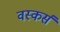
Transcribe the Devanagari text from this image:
वस्कर्स